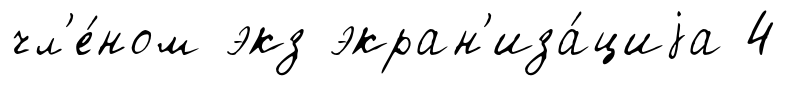
чл'е́ном экз экран'иза́циjа 4